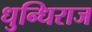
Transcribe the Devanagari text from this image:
धुन्धिराज